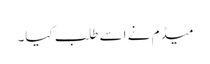
میڈم نے اسے طلب کیا۔